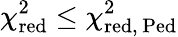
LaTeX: \chi_{\mathrm{red}}^{2}\leq\chi_{\mathrm{red,\, Ped}}^{2}